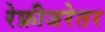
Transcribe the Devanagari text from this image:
रेफ्रीजरेतर